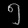
Digit: ၅